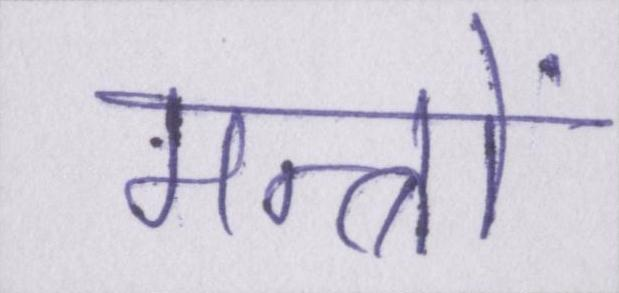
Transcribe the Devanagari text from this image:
मन्त्रों